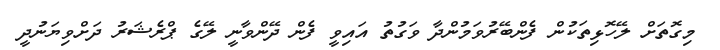
މިގޮތަށް ލޭހޮޅިތަކުން ފެންބޭރުވަމުންދާ ވަގުތު އައިވީ ފެން ދޭންވާނީ ލޭގެ ޕްރެޝަރު ދަށްވިޔަނުދީ